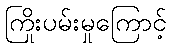
ကြိုးပမ်းမှုကြောင့်